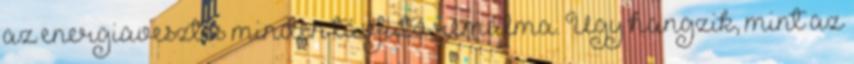
az energiavesztés minden távfutó rémálma. Úgy hangzik, mint az